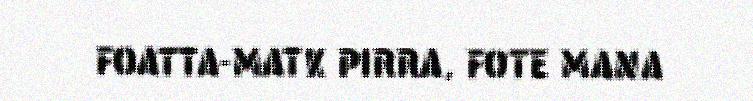
FOATTA-MATK PIRRA, FOTE MANA